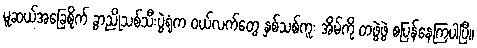
မူဆယ်အခြေစိုက် ခွာညိုသစ်သီးပွဲရုံက ဝယ်လက်တွေ နှစ်သစ်ကူး အိမ်ကို တဖွဲဖွဲ စပြန်နေကြပါပြီ။